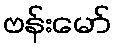
ဗန်းမော်